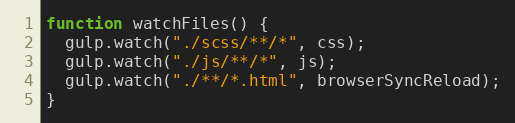
Language: JavaScript
function watchFiles() {
  gulp.watch("./scss/**/*", css);
  gulp.watch("./js/**/*", js);
  gulp.watch("./**/*.html", browserSyncReload);
}